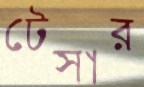
টেসার